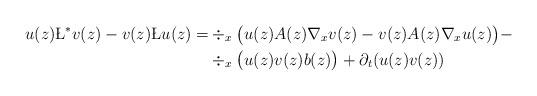
LaTeX: \begin{align*} u(z) \L^* v(z) - v(z) \L u(z) = & \div_x \big( u(z) A(z) \nabla_x v(z) - v(z) A(z) \nabla_x u(z) \big) - \\ & \div_x \big( u(z) v(z) b(z) \big) + \partial_t (u(z)v(z))\end{align*}